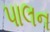
પાલન